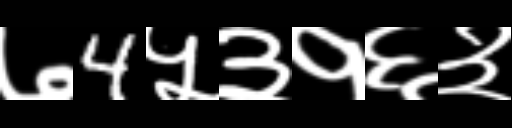
Text: ७4५३१६३